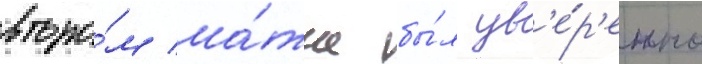
второ́м ма́тче бы́л ув'е́р'енно